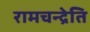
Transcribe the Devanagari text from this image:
रामचन्द्रेति